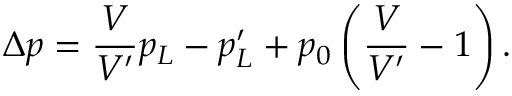
\Delta p = \frac { V } { V ^ { \prime } } p _ { L } - p _ { L } ^ { \prime } + p _ { 0 } \left( \frac { V } { V ^ { \prime } } - 1 \right) .